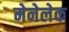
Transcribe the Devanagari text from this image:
मेनेलेक